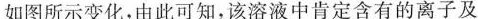
如图所示变化，由此可知，该溶液中肯定含有的离子及